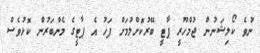
ނުވެ ކޯލިޝަނުން ޖުމްހޫރީ ޕާޓީ ބޭރުކޮށްލުމަށް ފަހު އެ ޕާޓީގެ މެންބަރުން ކޮޅުވެސް